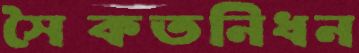
সৈকতনিধন